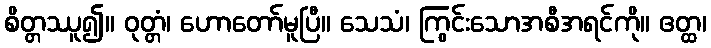
စိတ္တဿူ၍။ ဝုတ္တံ၊ ဟောတော်မူပြီ။ သေသံ၊ ကြွင်းသောအစီအရင်ကို။ ဧတ္ထ၊